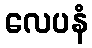
လေပနံ